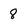
Character: 8